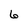
Character: 6